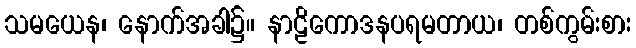
သမယေန၊ နောက်အခါ၌။ နာဠိကောဒနပရမတာယ၊ တစ်ကွမ်းစား